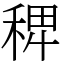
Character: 𥟑